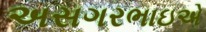
અસગરભાઇએ